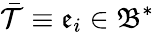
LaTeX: \bar{\mathcal{T}}\equiv\mathfrak{e}_{i}\in\mathfrak{B}^{\ast}